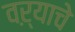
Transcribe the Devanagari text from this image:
वऱ्याचे